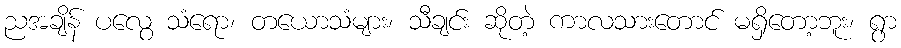
ညအချိန် ပလွေ သံရော၊ တယောသံများ၊ သီချင်း ဆိုတဲ့ ကာလသားတောင် မရှိတော့ဘူး၊ ရွာ